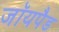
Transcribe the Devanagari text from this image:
जॉयपैड